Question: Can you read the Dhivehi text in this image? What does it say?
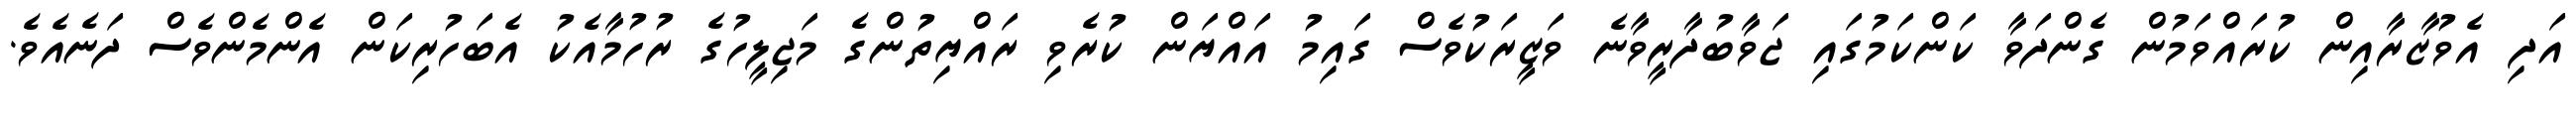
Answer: އަދި އެވުޒާރާއިން ކުރައްވަމުން ގެންދަވާ ކަންކަމުގައި ޖަވާބުދާރީވާނެ ވަޒީރަކުވެސް ގައިމު އައްޔަން ކުރެވި ރައްޔިތުންގެ މަޖިލީހުގެ ރުހުމާއެކު އެބަހުރިކަން އެންމެންވެސް ދަނެއެވެ.